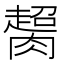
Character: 𦠶